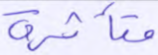
متأثرة